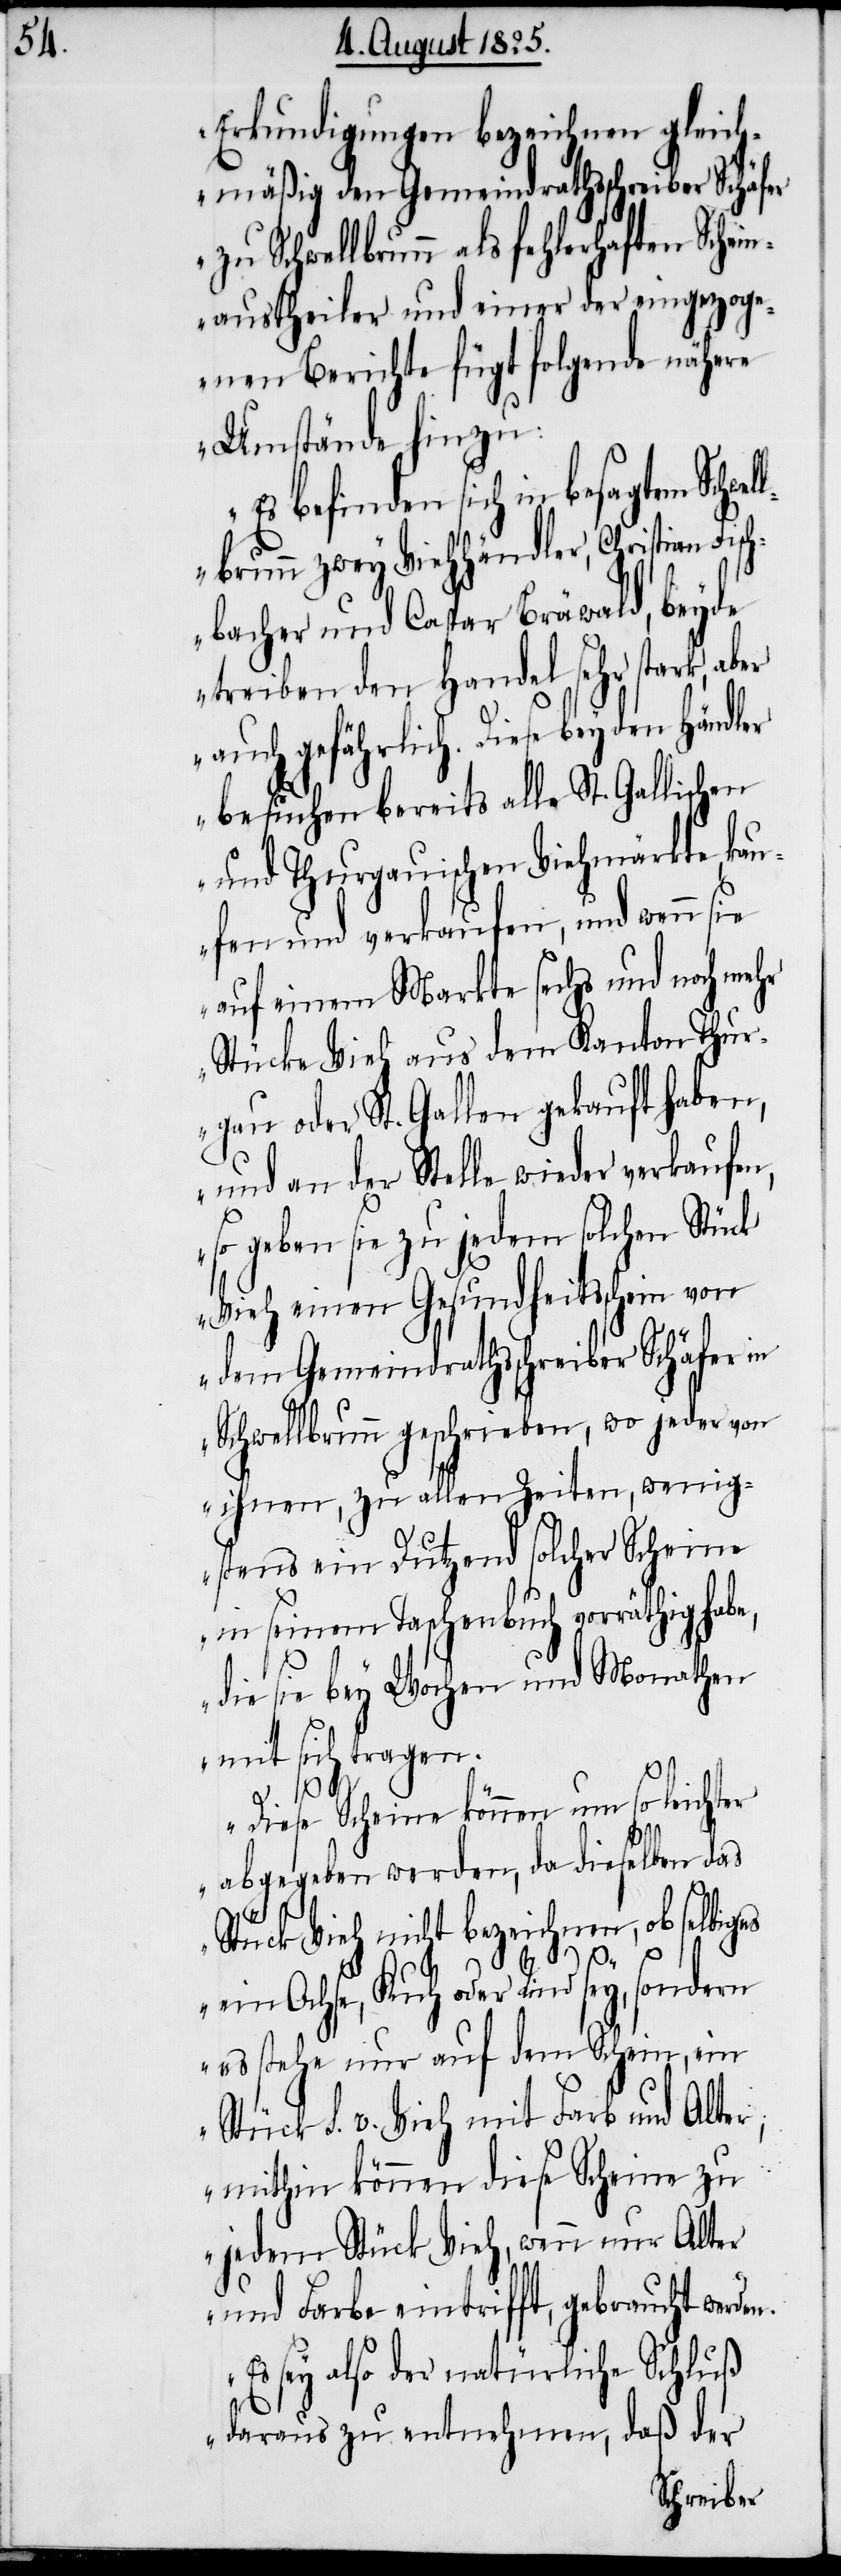
Erkundigungen bezeichnen gleich¬
mäßig den Gemeindrathsschreiber Schäfer
zu Schwellbrunn als fehlerhaften Schei¬
naustheiler und einer der eingezog¬
enen Berichte fügt folgende nähere
Umstände hinzu:
Es befinden sich in besagtem Schw¬
lbrunn zwey Viehhändler, Christian Fisc¬
hbacher und Caspar Bräwald, beyde
treiben den Handel sehr stark, ab¬
auch gefährlich. Diese beyden Händler
besuchen bereits alle St. Gallischen
und Thurgauischen Viehmärkte, kau¬
fen und verkaufen, und wenn sie
auf einem Markte sechs und noch mehr
Stücke Vieh aus dem Kanton Thur¬
gau oder St. Gallen gekauft haben,
und an der Stelle wieder verkaufen,
so geben sie zu jedem solchen Stück
Vieh einen Gesundheitsschein von
dem Gemeindrathsschreiber Schäfer in
Schwellbrunn geschrieben, wo jeder von
ihnen, zu allen Zeiten, wenig¬
stens ein Dutzend solcher Scheine
in seinem Taschenbuch vorräthig hab¬
die sie bey Wochen und Monathen
mit sich tragen.
n,.
Diese Scheine können um so leichter
abgegeben werden, da dieselben das
Stück Vieh nicht bezeichnen, ob selbiges
ein Ochse, Kuh oder Rind sey, sondern
es stehe nur auf dem Schein, ein
Stück d. v. Vieh mit Farbe und Alter,
mithin können diese Scheine zu
jedem Stück Vieh, wenn nur Alter
und Farbe eintrifft, gebraucht werde¬
Es sey also der natürliche Schluß
daraus zu entnehmen, daß der